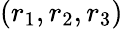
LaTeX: (r_{1},r_{2},r_{3})